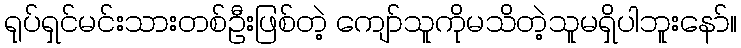
ရုပ်ရှင်မင်းသားတစ်ဦးဖြစ်တဲ့ ကျော်သူကိုမသိတဲ့သူမရှိပါဘူးနော်။